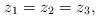
LaTeX: \begin{align*}z_1=z_2=z_3,\end{align*}